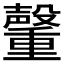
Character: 𮡞